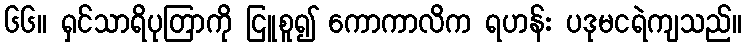
၆၆။ ရှင်သာရိပုတြာကို ငြူစူ၍ ကောကာလိက ရဟန်း ပဒုမငရဲကျသည်။